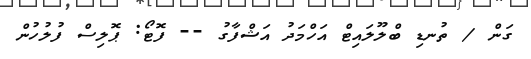
ގަން / ތުނޑި ބްލޫލައިޓް އަހްމަދު އަޝްފާގު -- ފޮޓޯ: ޕޮލިސް ފުލުހުން